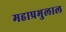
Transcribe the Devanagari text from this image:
महाप्रभुलाल